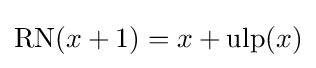
\operatorname {RN} (x+1)=x+\operatorname {ulp} (x)